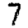
Digit: 7